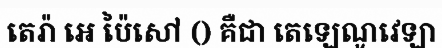
តេរ៉ា អេ ប៉ៃសៅ () គឺជា តេឡេណូវេឡា